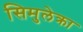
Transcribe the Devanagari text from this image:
सिमुलेक्रा